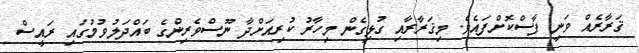
ޤަރާރެއް ވަނީ ފާސްކޮށްފައެވެ. މިޤަރާރާއި ގުޅިގެން މިހާރު ކުރިއަށްދާ ނޫސްވެރިންގެ ބައްދަލުވުމުގައި ރައީސް